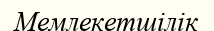
Мемлекетшілік